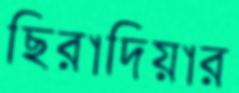
ছিরাদিয়ার